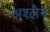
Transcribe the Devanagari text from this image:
अश्लेग